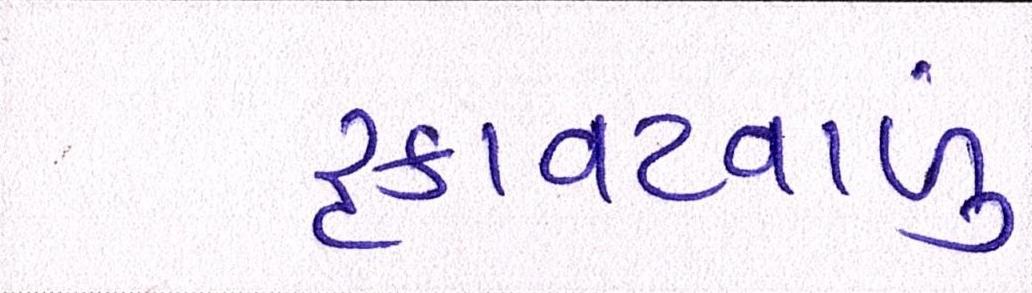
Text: રૃકાવટવાળું